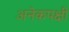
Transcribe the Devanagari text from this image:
अनेकपक्षी